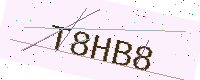
Text: T8HB8